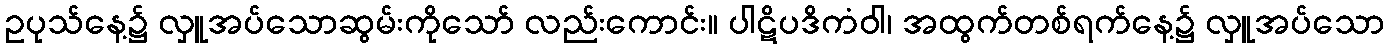
ဥပုသ်နေ့၌ လှူအပ်သောဆွမ်းကိုသော် လည်းကောင်း။ ပါဋိပဒိကံဝါ၊ အထွက်တစ်ရက်နေ့၌ လှူအပ်သော